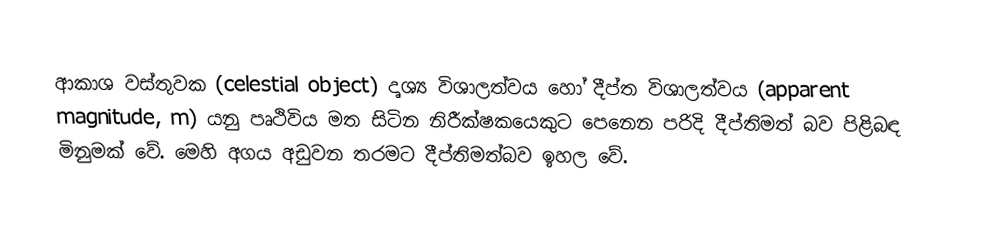
ආකාශ වස්තුවක (celestial object) දෘශ්‍ය විශාලත්වය හෝ දීප්ත විශාලත්වය (apparent magnitude, m) යනු පෘථිවිය මත සිටින නිරීක්ෂකයෙකුට පෙනෙන පරිදි දීප්තිමත් බව පිළිබඳ මිනුමක් වේ. මෙහි අගය අඩුවන තරමට දීප්තිමත්බව ඉහල වේ.